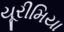
યૂરીમિયા